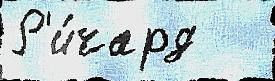
Р'и́чард